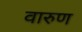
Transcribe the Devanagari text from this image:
वारुण